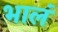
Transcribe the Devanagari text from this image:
भालं